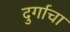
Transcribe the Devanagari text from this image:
दुर्गाचा